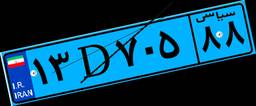
۱۳D۷۰۵۸۸